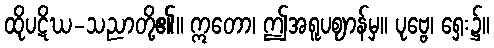
ထိုပဋိဃ-သညာတို့၏။ ဣတော၊ ဤအရူပဈာန်မှ။ ပုဗ္ဗေ၊ ရှေး၌။